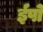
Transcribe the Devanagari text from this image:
ईपो